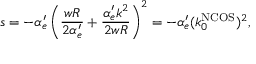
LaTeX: s = - \alpha _ { e } ^ { \prime } \left( \frac { w R } { 2 \alpha _ { e } ^ { \prime } } + \frac { \alpha _ { e } ^ { \prime } k ^ { 2 } } { 2 w R } \right) ^ { 2 } = - \alpha _ { e } ^ { \prime } ( k _ { 0 } ^ { \mathrm { N C O S } } ) ^ { 2 } ,